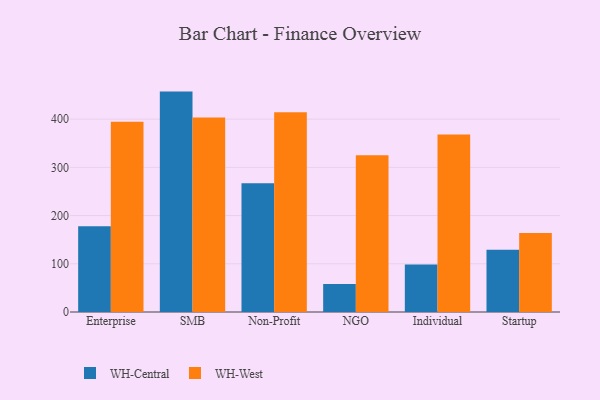
{"axis": {"x": "Segment", "y": "Energy Usage (MWh)"}, "legend": ["WH-Central", "WH-West"], "data": [{"x": "Enterprise", "y": 177.8, "type": "WH-Central"}, {"x": "Enterprise", "y": 394.4, "type": "WH-West"}, {"x": "SMB", "y": 457.1, "type": "WH-Central"}, {"x": "SMB", "y": 403.6, "type": "WH-West"}, {"x": "Non-Profit", "y": 267.2, "type": "WH-Central"}, {"x": "Non-Profit", "y": 414.2, "type": "WH-West"}, {"x": "NGO", "y": 57.9, "type": "WH-Central"}, {"x": "NGO", "y": 325.3, "type": "WH-West"}, {"x": "Individual", "y": 98.7, "type": "WH-Central"}, {"x": "Individual", "y": 368.1, "type": "WH-West"}, {"x": "Startup", "y": 128.9, "type": "WH-Central"}, {"x": "Startup", "y": 163.9, "type": "WH-West"}]}